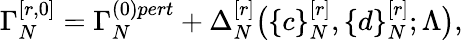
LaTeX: \Gamma_{N}^{[r,0]}=\Gamma_{N}^{(0)pert}+\Delta_{N}^{[r]}\big(\{ c\} _{N}^{[r]},\{ d\} _{N}^{[r]};\Lambda\big),